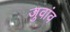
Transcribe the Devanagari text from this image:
जुवांव